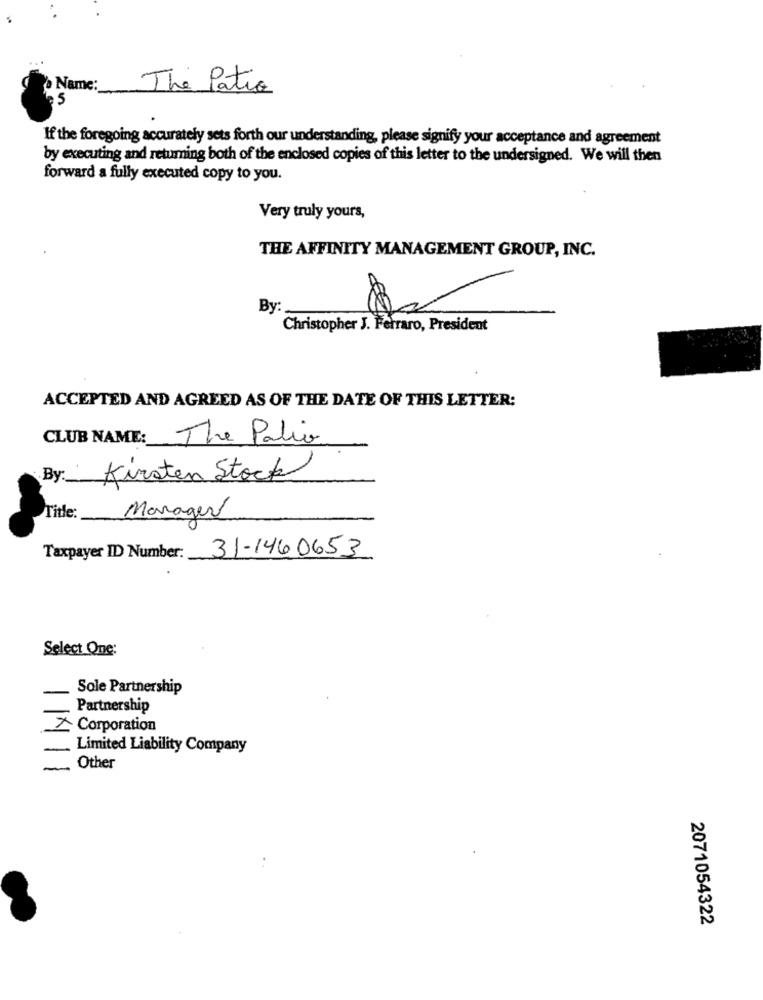
Name: The Patio
If the foregoing accurately sets forth our understanding, please signify your acceptance and agreement
by executing and retuming both of the enclosed copies of this letter to the undersigned. We will then
forward a fully executed copy to you.
Very truly yours,
THE AFFINITY MANAGEMENT GROUP, INC.
By
Christopher J. Ferraro, President
ACCEPTED AND AGREED AS OF THE DATE OF THIS LETTER:
CLUB NAME: The Palivo
By:
Kirsten Stock
Title:
Manager
Taxpayer ID Number: 31-1460653
Select One:
Sole Partnership
Partnership
> Corporation
Limited Liability Company
1
Other
2071054322